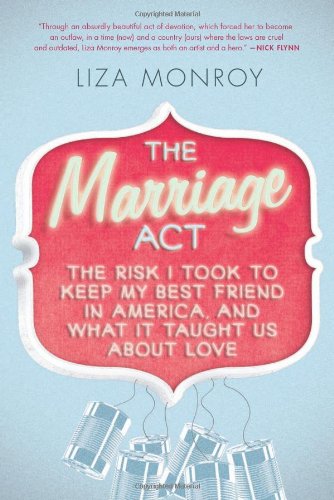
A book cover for The Marriage Act: The Risk I Took to Keep My Best Friend in America, and What It Taught Us About Love; Liza Monroy; Law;